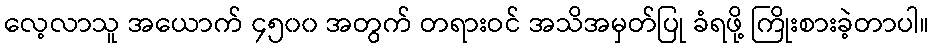
လေ့လာသူ အယောက် ၄၅၀၀ အတွက် တရားဝင် အသိအမှတ်ပြု ခံရဖို့ ကြိုးစားခဲ့တာပါ။